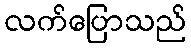
လက်ပြောသည်